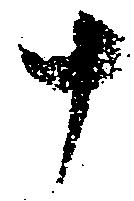
十